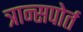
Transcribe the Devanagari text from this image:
त्रान्सपोर्त